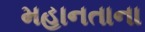
મહાનતાના